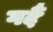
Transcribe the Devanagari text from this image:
गर्दै